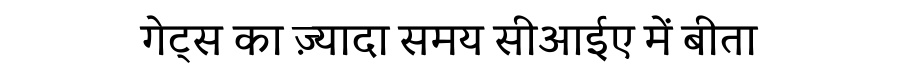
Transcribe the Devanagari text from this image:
गेट्स का ज़्यादा समय सीआईए में बीता